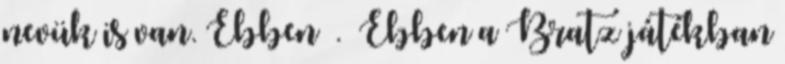
nevük is van. Ebben . Ebben a Bratz játékban